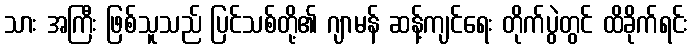
သား အကြီး ဖြစ်သူသည် ပြင်သစ်တို့၏ ဂျာမန် ဆန့်ကျင်ရေး တိုက်ပွဲတွင် ထိခိုက်ရင်း